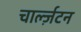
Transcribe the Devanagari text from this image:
चार्ल्ज़टन